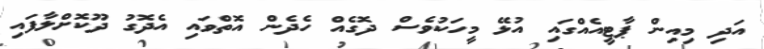
އަދި މިއިން ޕާޓީއެއްގައި އުޅޭ މީހަކުވެސް ދޮގެއް ހެދެން އޮތްވައި އެދޮގު ދޫކޮށްލާފައި